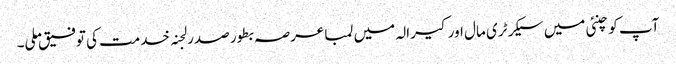
آپ کو چنئی میں سیکرٹری مال اور کیرالہ میں لمبا عرصہ بطور صدر لجنہ خدمت کی توفیق ملی۔